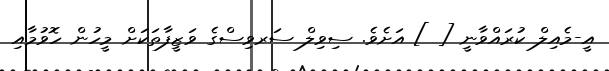
އީ-މެއިލް ކުރައްވާނީ [ ] އަށެވެ. ސިވިލް ސަރވިސްގެ ވަޒީފާތަކަށް މީހުން ހޮވުމާއި